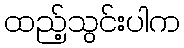
ထည့်သွင်းပါက